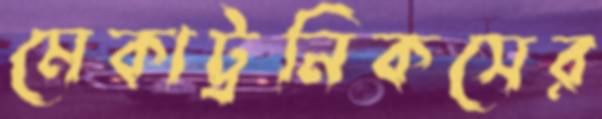
মেকাট্রনিকসের